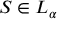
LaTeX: S \in L _ { \alpha }